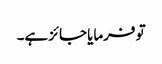
تو فرمایا جائز ہے۔